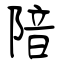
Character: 隌